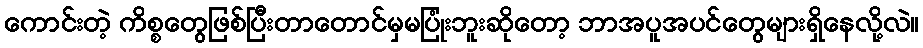
ကောင်းတဲ့ ကိစ္စတွေဖြစ်ပြီးတာတောင်မှမပြုံးဘူးဆိုတော့ ဘာအပူအပင်တွေများရှိနေလို့လဲ။